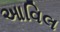
આવિલ